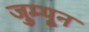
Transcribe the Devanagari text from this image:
जुम्पून